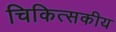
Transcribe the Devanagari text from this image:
चिकित्‍सकीय